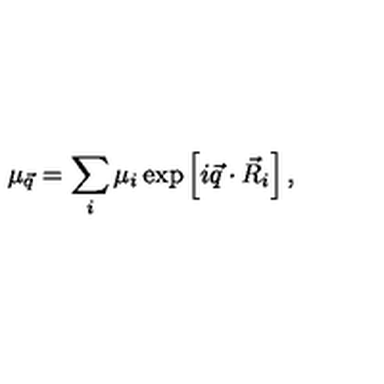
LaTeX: \mu _ { \vec { q } } = \sum _ { i } \mu _ { i } \exp \left[ i \vec { q } \cdot \vec { R } _ { i } \right] ,